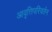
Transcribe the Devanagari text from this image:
आवृत्तिपरिवर्तन